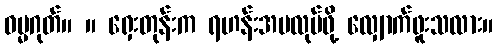
ဓမ္မဂုတ်။ ။ ရှေးတုန်းက ရဟန်းအမလုပ်ဖို့ လျှောက်ဖူးသလား။